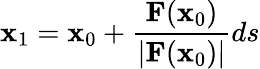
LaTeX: \mathbf{x}_{\mathrm{1}}=\mathbf{x}_{\mathrm{0}}+{\frac{\mathbf{F}(\mathbf{x}_{\mathrm{0}})}{|\mathbf{F}(\mathbf{x}_{\mathrm{0}})|}}ds